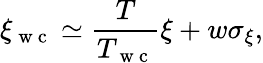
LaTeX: \xi_{\mathrm{~w~c~}}\simeq\frac{T}{T_{\mathrm{~w~c~}}}\xi+w\sigma_{\xi},